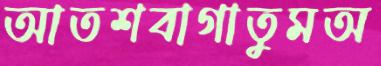
আতশবাগাতুমঅ